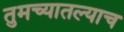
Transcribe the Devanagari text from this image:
तुमच्यातल्याच